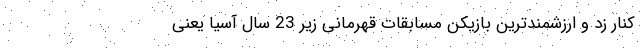
کنار زد و ارزشمندترین بازیکن مسابقات قهرمانی زیر 23 سال آسیا یعنی